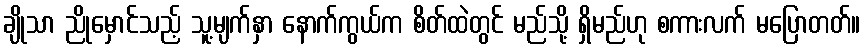
ချိုသာ ညိုမှောင်သည့် သူ့မျက်နှာ နောက်ကွယ်က စိတ်ထဲတွင် မည်သို့ ရှိမည်ဟု စကားလက် မပြောတတ်။